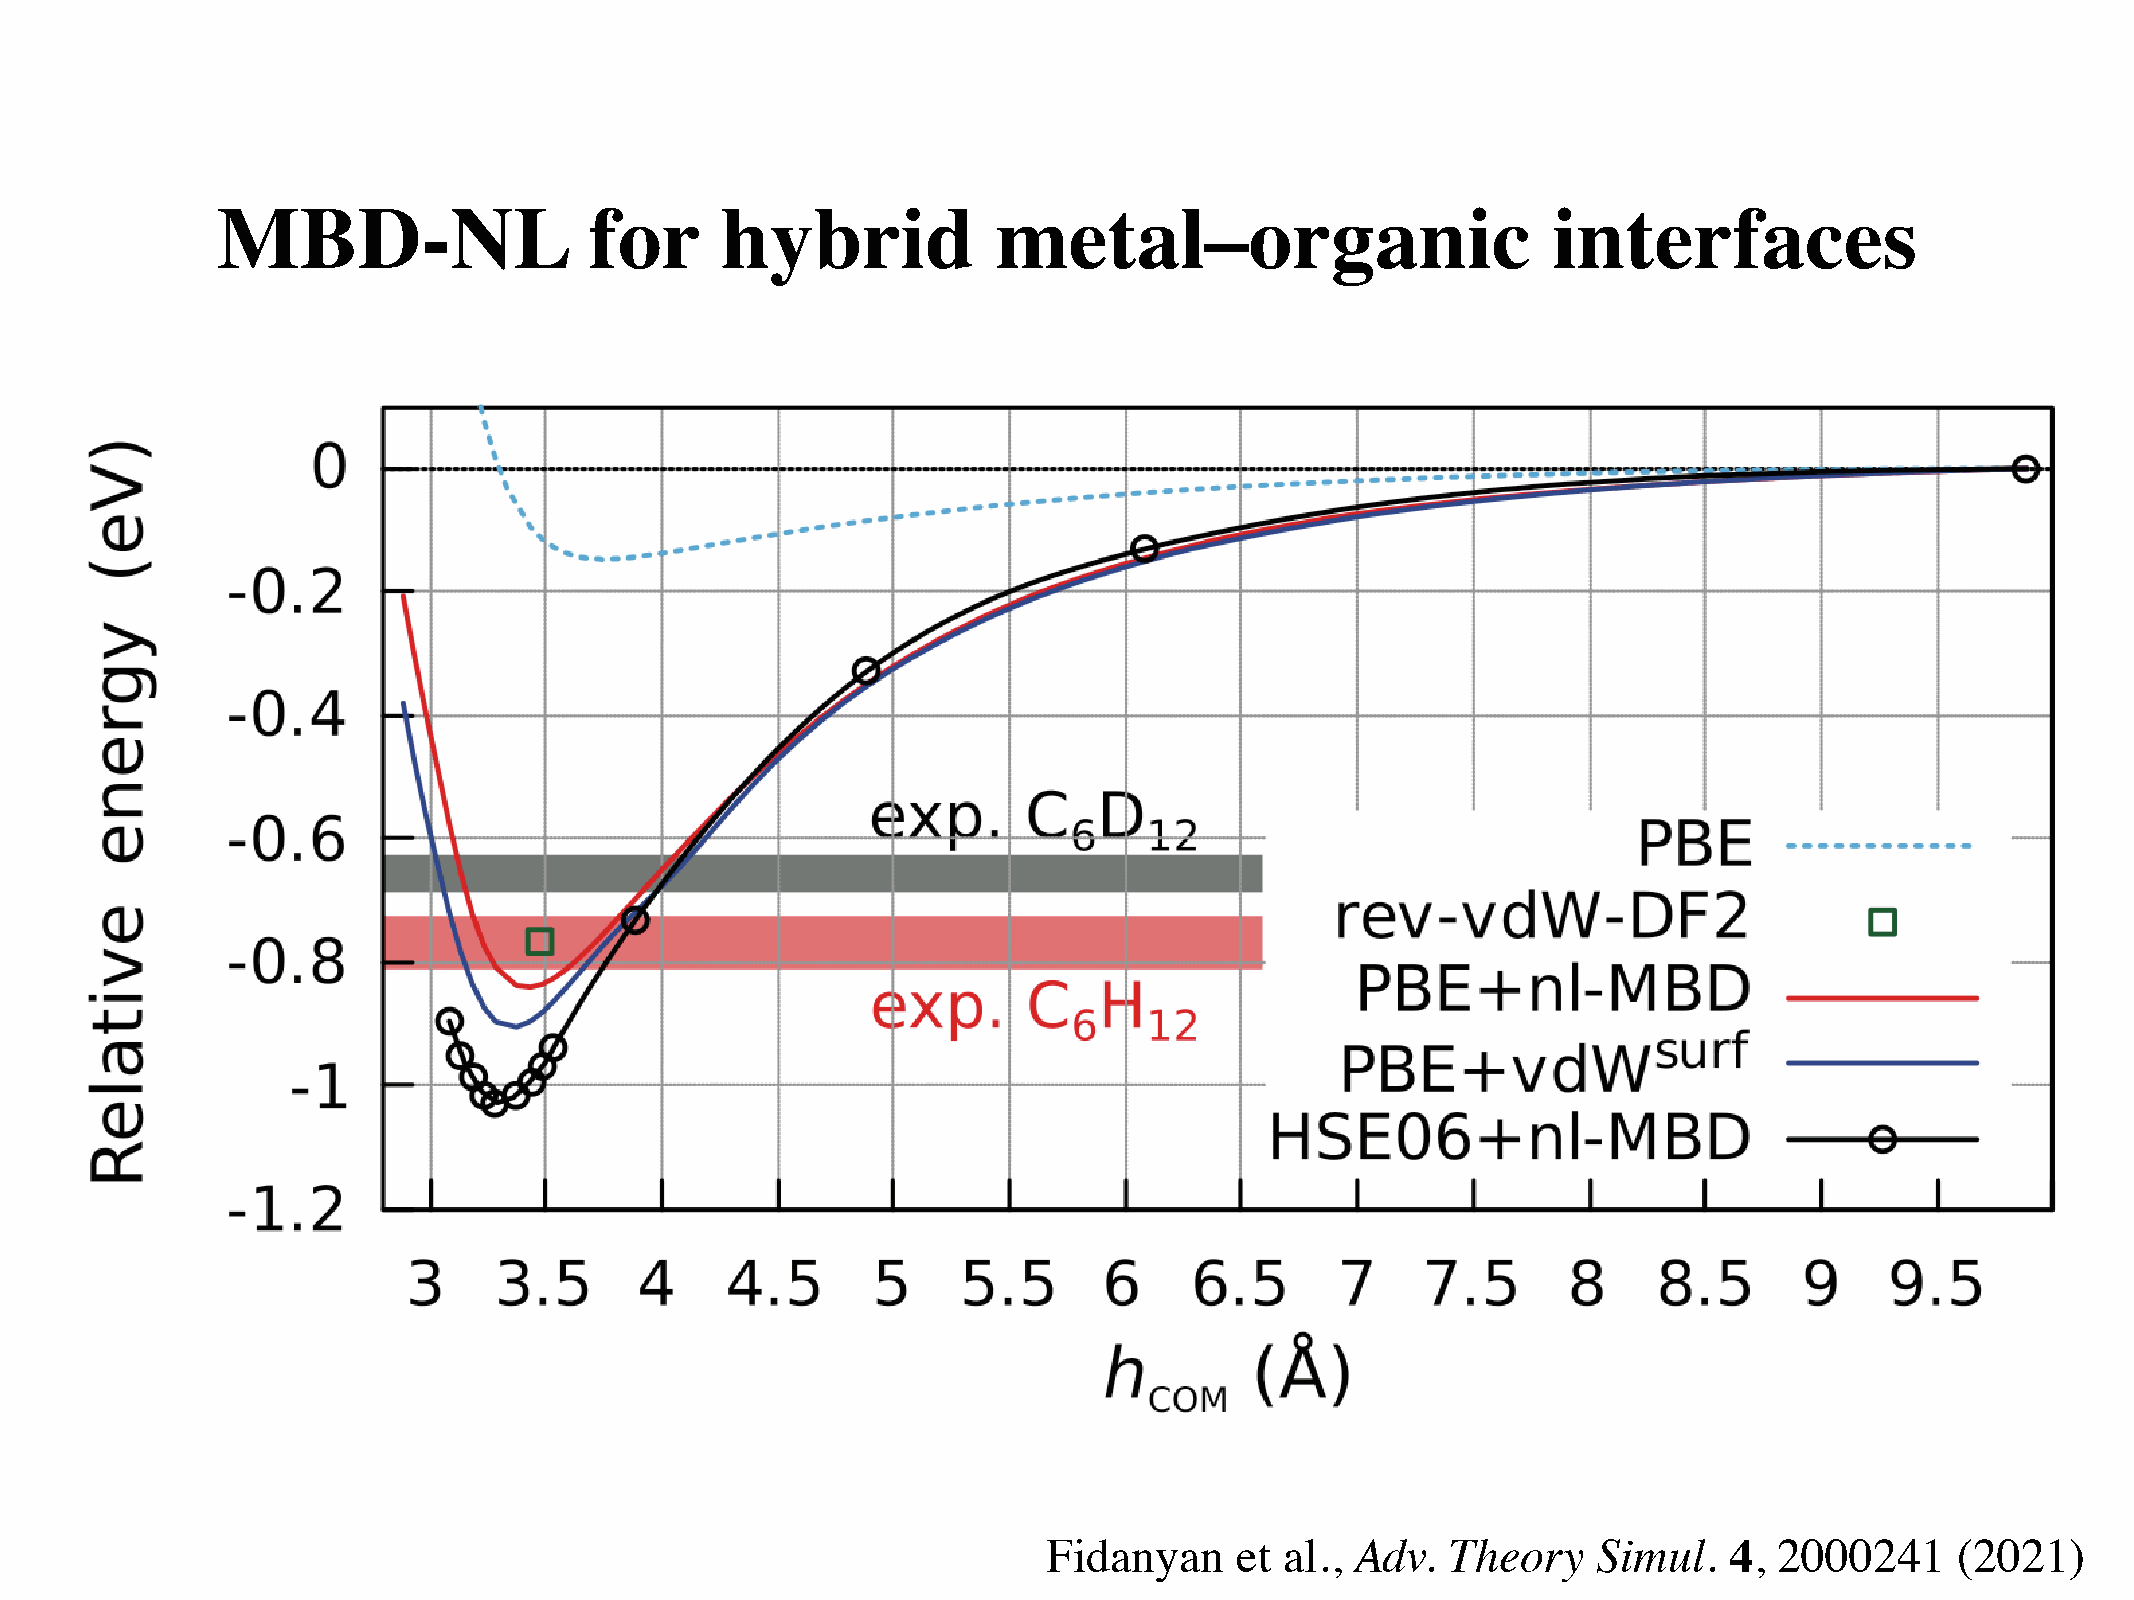
MBD-NL                   for      hybrid            metal–organic                        interfaces
 Fidanyan     et al., Adv.  Theory    Simul.  4,  2000241     (2021)